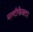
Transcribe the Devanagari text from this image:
मल्टीफैक्टर